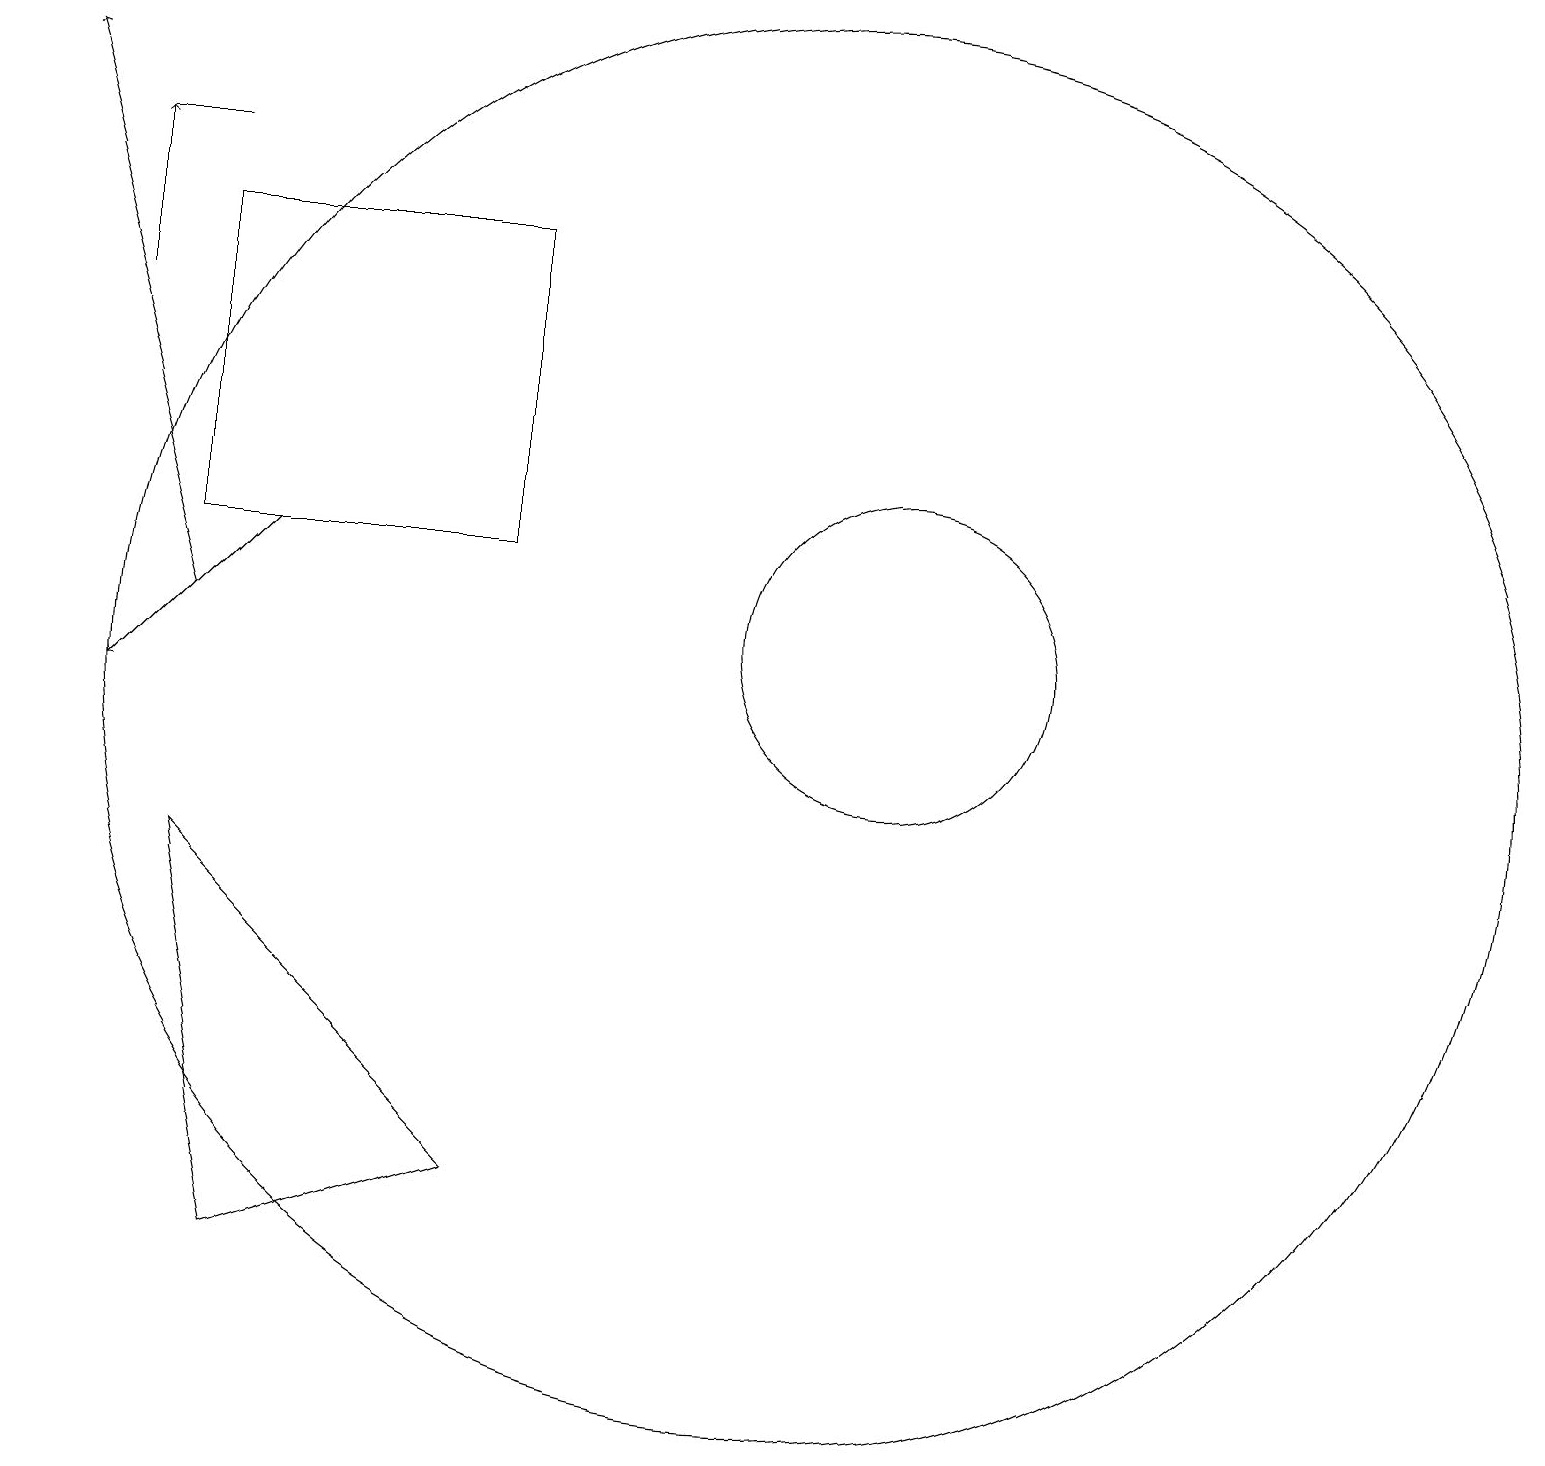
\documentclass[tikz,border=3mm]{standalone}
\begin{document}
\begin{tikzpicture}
\draw[->] (3,13) -- (1,11);
\draw[->] (1,16) -- (1,18);
\draw (10,11) circle (9);
\draw[->] (2,12) -- (0,19);
\draw (2,13) rectangle (6,17);
\draw (11,12) circle (2);
\draw (1,18) rectangle (2,18);
\draw (2,9) -- (3,4) -- (6,5) -- cycle;
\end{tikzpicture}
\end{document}